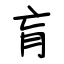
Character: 肓